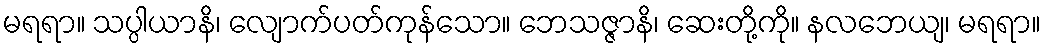
မရရာ။ သပ္ပါယာနိ၊ လျောက်ပတ်ကုန်သော။ ဘေသဇ္ဇာနိ၊ ဆေးတို့ကို။ နလဘေယျ၊ မရရာ။